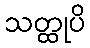
သတ္ထုပိ